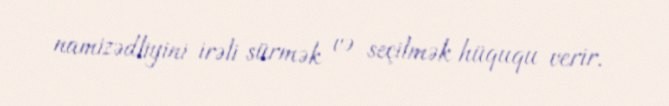
namizədliyini irəli sürmək və seçilmək hüququ verir.